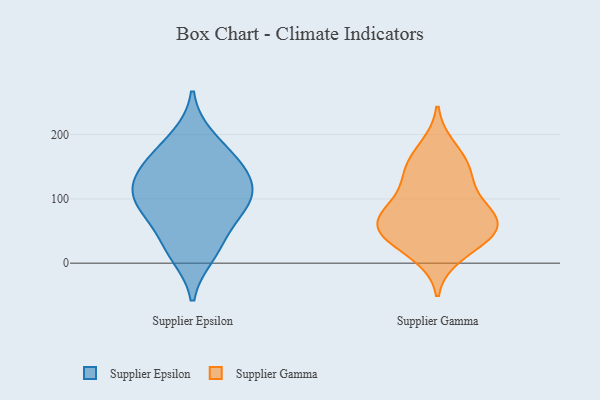
{"axis": {"x": "Backlog", "y": "Value"}, "legend": ["Supplier Epsilon", "Supplier Gamma"], "data": [{"x": "", "y": 14, "type": "Supplier Epsilon"}, {"x": "", "y": 161, "type": "Supplier Epsilon"}, {"x": "", "y": 67, "type": "Supplier Epsilon"}, {"x": "", "y": 29, "type": "Supplier Epsilon"}, {"x": "", "y": 147, "type": "Supplier Epsilon"}, {"x": "", "y": 195, "type": "Supplier Epsilon"}, {"x": "", "y": 91, "type": "Supplier Epsilon"}, {"x": "", "y": 112, "type": "Supplier Epsilon"}, {"x": "", "y": 101, "type": "Supplier Epsilon"}, {"x": "", "y": 147, "type": "Supplier Epsilon"}, {"x": "", "y": 105, "type": "Supplier Epsilon"}, {"x": "", "y": 135, "type": "Supplier Gamma"}, {"x": "", "y": 85, "type": "Supplier Gamma"}, {"x": "", "y": 71, "type": "Supplier Gamma"}, {"x": "", "y": 180, "type": "Supplier Gamma"}, {"x": "", "y": 156, "type": "Supplier Gamma"}, {"x": "", "y": 75, "type": "Supplier Gamma"}, {"x": "", "y": 12, "type": "Supplier Gamma"}, {"x": "", "y": 143, "type": "Supplier Gamma"}, {"x": "", "y": 44, "type": "Supplier Gamma"}, {"x": "", "y": 31, "type": "Supplier Gamma"}, {"x": "", "y": 106, "type": "Supplier Gamma"}, {"x": "", "y": 51, "type": "Supplier Gamma"}, {"x": "", "y": 59, "type": "Supplier Gamma"}, {"x": "", "y": 55, "type": "Supplier Gamma"}]}